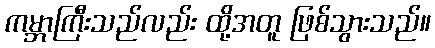
ကမ္ဘာကြီးသည်လည်း ထို့အတူ ဖြစ်သွားသည်။